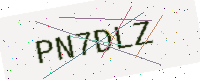
Text: PN7DLZ